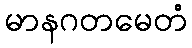
မာနဂတမေတံ